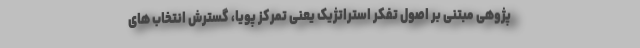
پژوهی مبتنی بر اصول تفکر استراتژیک یعنی تمرکز پویا، گسترش انتخاب های